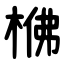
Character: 梻